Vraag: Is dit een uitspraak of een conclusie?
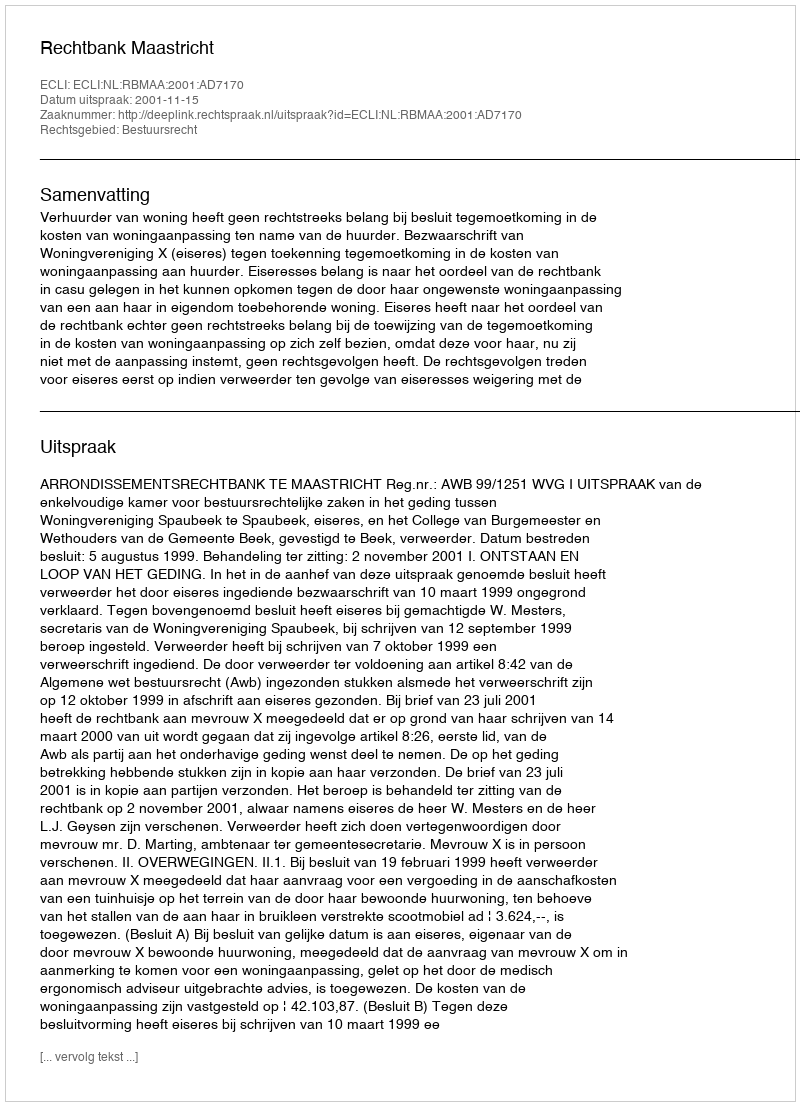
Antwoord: Uitspraak